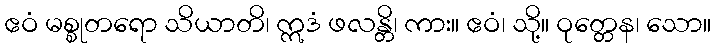
ဧဝံ မစ္စုတရော သိယာတိ၊ ဣဒံ ဖလန္တိ၊ ကား။ ဧဝံ၊ သို့။ ဝုတ္တေန၊ သော။